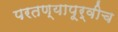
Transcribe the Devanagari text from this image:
परतण्यापूर्वीच